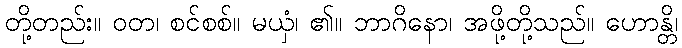
တို့တည်း။ ဝတ၊ စင်စစ်။ မယှံ၊ ၏။ ဘာဂိနော၊ အဖို့တို့သည်။ ဟောန္တိ၊